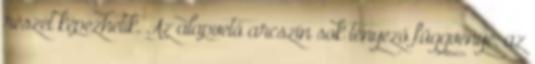
részét képezhetik. Az alapvető arcszín sok tényező függvénye; az